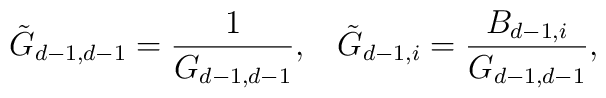
\tilde{G}_{d-1,d-1} = \frac{1}{G_{d-1,d-1}},\;\;\; \tilde{G}_{d-1,i} =\frac{B_{d-1,i}}{G_{d-1,d-1}} ,